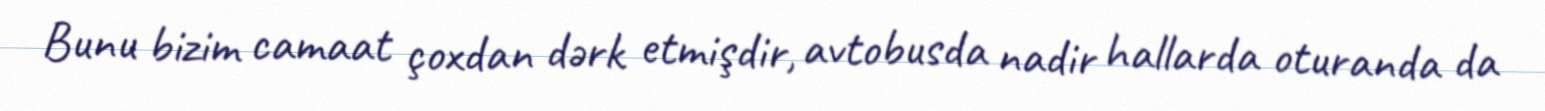
Bunu bizim camaat çoxdan dərk etmişdir, avtobusda nadir hallarda oturanda da